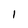
Character: 1